Elephants and their diseases
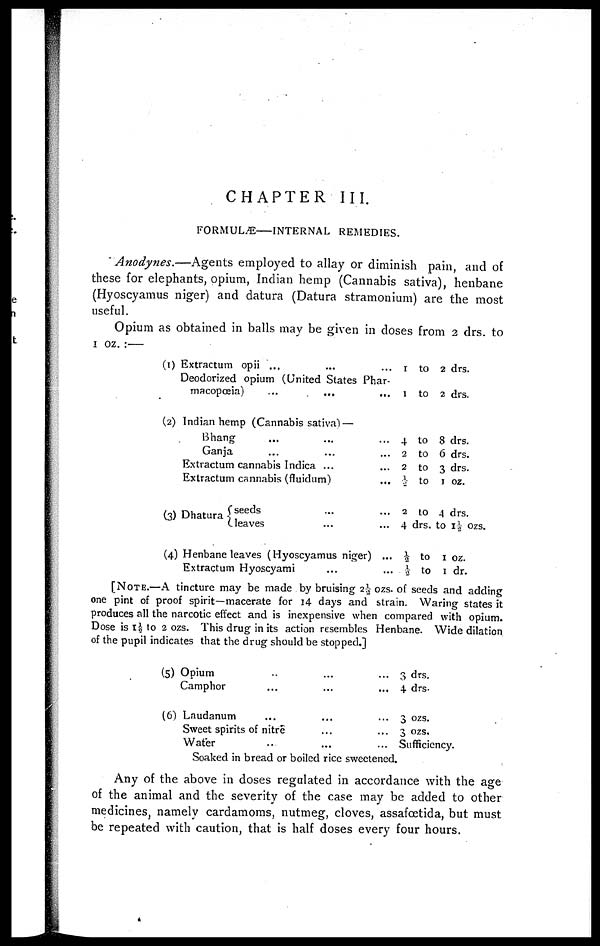
CHAPTER III.
FORMULÆ
INTERNAL REMEDIES.
Anodynes.—Agents
employed to allay or diminish pain, and of
these for elephants, opium, Indian hemp (Cannabis sativa), henbane
(Hyoscyamus niger) and datura (Datura stramonium) are the most
useful.
Opium as obtained in balls may be given in doses from 2 drs. to
1 oz. :—
(1)
(2)
(3)
(4)
Extractum opii
...
...
...
Deodorized opium (United States Phar-
macopœia)
...
...
...
Indian hemp (Cannabis sativa) —
Bhang
...
...
...
Ganja
...
...
...
Extractum cannabis Indica ...
...
Extractum cannabis (fluidum)
...
seeds
Dhatura { leaves
Henbane leaves (Hyoscyamus niger) ...
Extractum Hyoscyami......
1
1
4
2
2
½
2
4
½
½
to
to
to
to
to
to
to
drs.
to
to
2 drs.
2 drs.
8 drs.
6 drs.
3 drs.
1 oz.
4 drs.
to 1½ ozs.
1 oz.
1 dr.
[NOTE.—A tincture may be made by bruising 2½ ozs. of seeds and adding
one pint of proof spirit—macerate for 14 days and strain. Waring states it
produces all the narcotic effect and is inexpensive when compared with opium.
Dose is 1½ to 2 ozs. This drug in its action resembles Henbane. Wide dilation
of the pupil indicates that the drug should be stopped.]
(5)
(6)
Opium...
Camphor...
Laudanum...
Sweet spirits of nitre
Water...
Soaked in bread or bo
...
...
...
...
...
iled rice
...
...
...
...
...
sweetened.
3 drs.
4 drs.
3 ozs.
3 ozs.
Sufficiency.
Any of the above in doses regulated in accordance with the age
of the animal and the severity of the case may be added to other
medicines, namely cardamoms, nutmeg, cloves, assafœtida, but must
be repeated with caution, that is half doses every four hours.